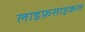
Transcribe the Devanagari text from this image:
लाइफ़साइकल